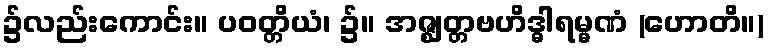
၌လည်းကောင်း။ ပဝတ္တိယံ၊ ၌။ အဇ္ဈတ္တဗဟိဒ္ဓါရမ္မဏံ (ဟောတိ။)